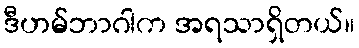
ဒီဟမ်ဘာဂါက အရသာရှိတယ်။